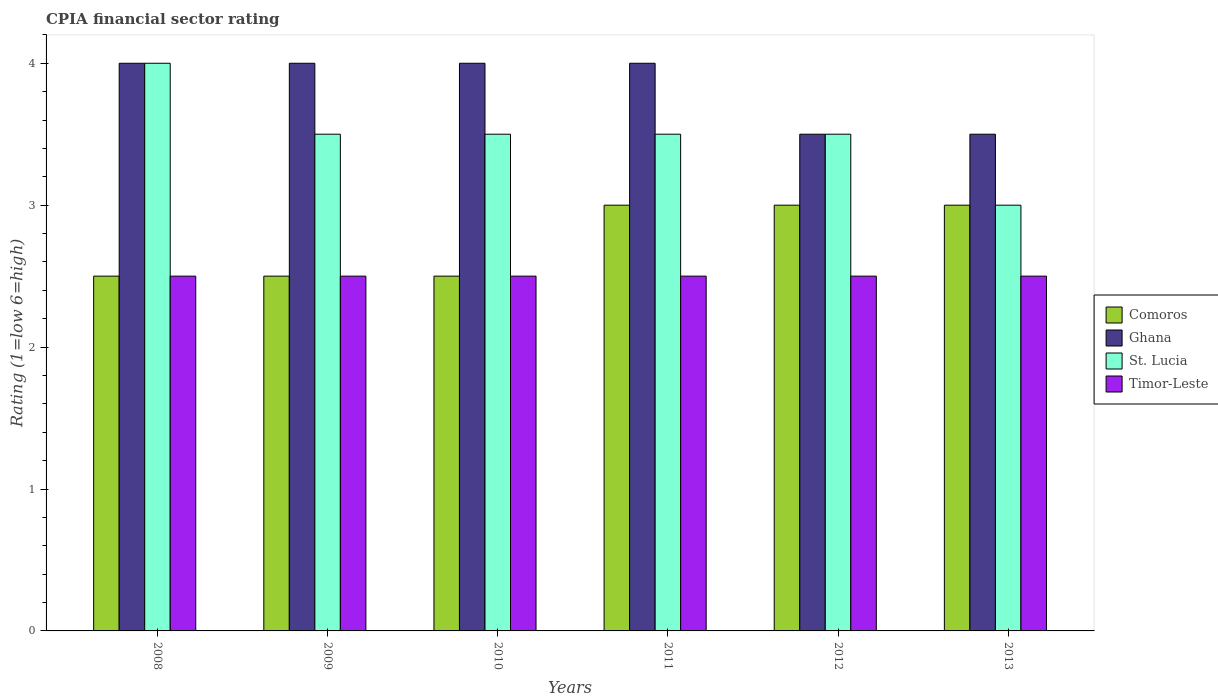
| Years | Comoros | Ghana | St. Lucia | Timor-Leste |
 | --- | --- | --- | --- | --- |
 | 2008 | 2.5 | 4 | 4 | 2.5 |
 | 2009 | 2.5 | 4 | 3.5 | 2.5 |
 | 2010 | 2.5 | 4 | 3.5 | 2.5 |
 | 2011 | 3 | 4 | 3.5 | 2.5 |
 | 2012 | 3 | 3.5 | 3.5 | 2.5 |
 | 2013 | 3 | 3.5 | 3 | 2.5 |